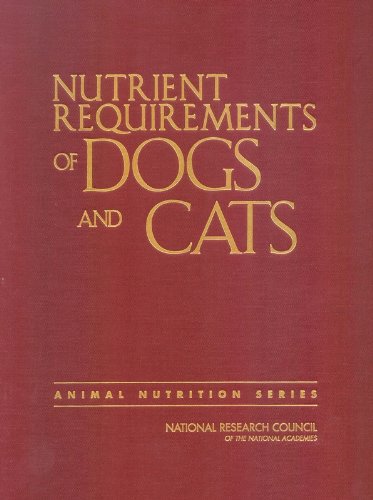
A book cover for Nutrient Requirements of Dogs and Cats (Nutrient Requirements of Domestic Animals); Committee on Animal Nutrition; Medical Books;